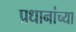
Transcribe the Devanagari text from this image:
प्रधानांच्या